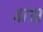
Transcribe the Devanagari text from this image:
४७१८